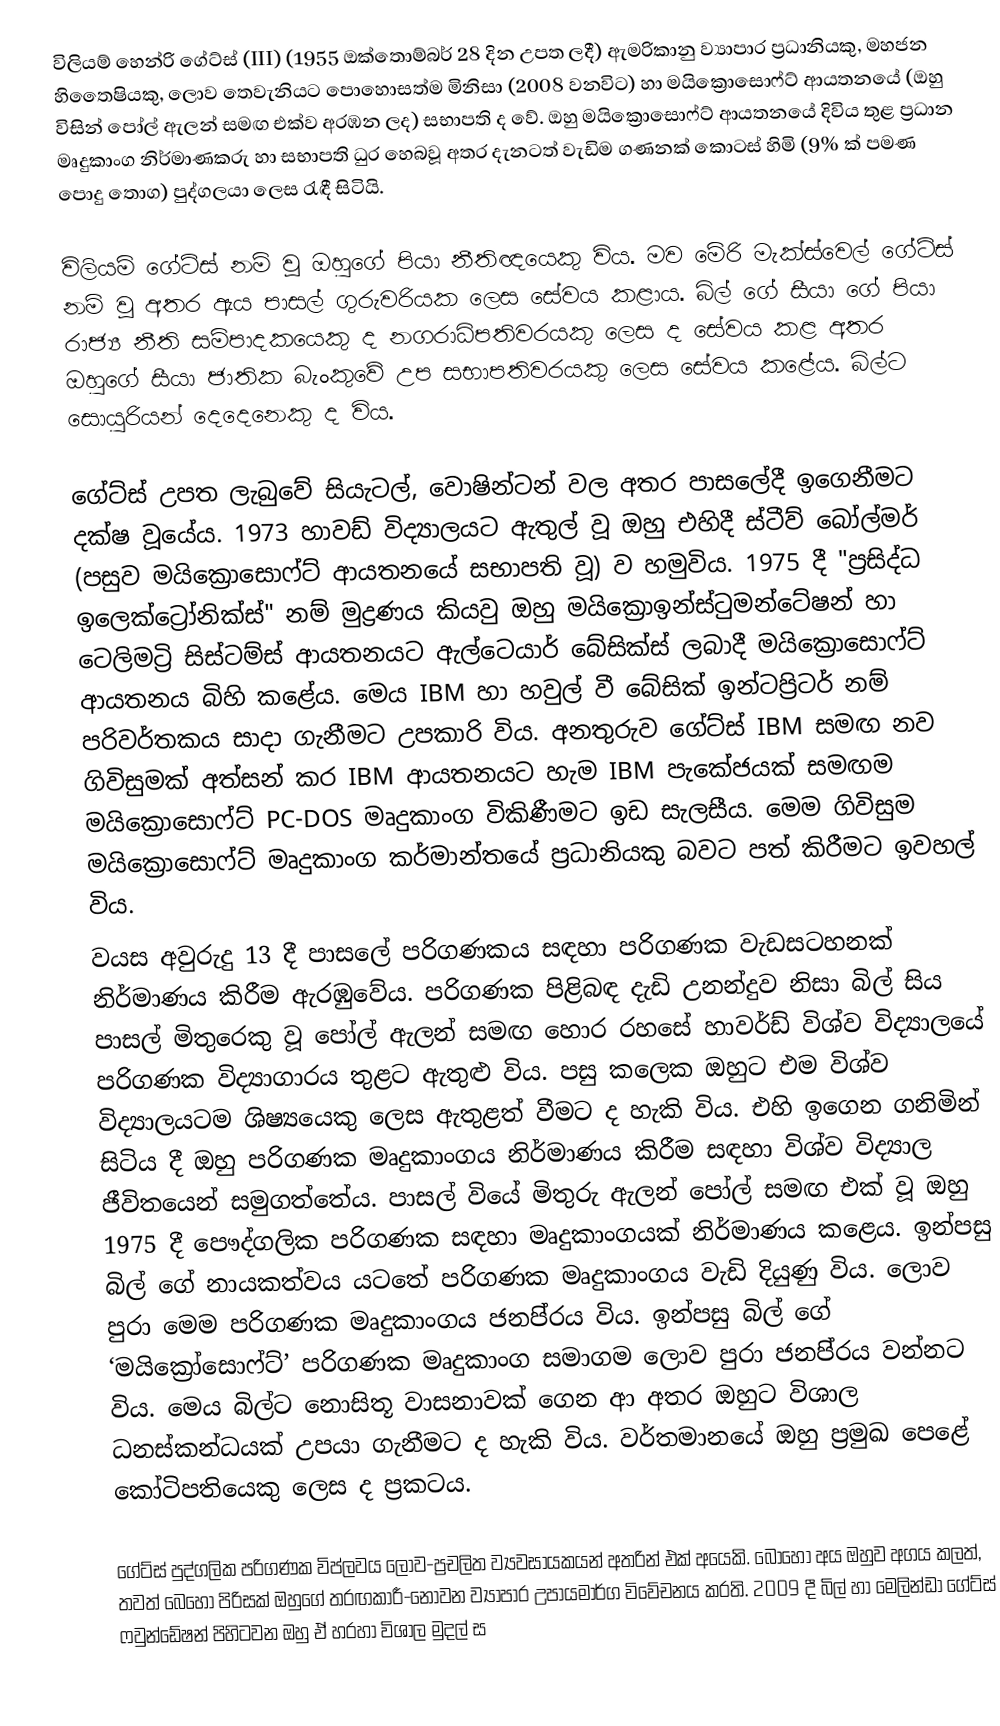
විලියම් හෙන්රි ගේට්ස් (III) (1955 ඔක්තොම්බර් 28 දින උපත ලදී) ඇමරිකානු ව්‍යාපාර ප්‍රධානියකු, මහජන හිතෛෂියකු, ලොව තෙවැනියට පොහොසත්ම මිනිසා (2008 වනවිට) හා මයික්‍රොසොෆ්ට් ආයතනයේ (ඔහු විසින් පෝල් ඇලන් සමඟ එක්ව අරඹන ලද) සභාපති ද වේ. ඔහු මයික්‍රොසොෆ්ට් ආයතනයේ දිවිය තුළ ප්‍රධාන මෘදුකාංග නිර්මාණකරු හා සභාපති ධුර හෙබවූ අතර දැනටත් වැඩිම ගණනක් කොටස් හිමි (9% ක් පමණ පොදු තොග) පුද්ගලයා ලෙස රැඳී සිටියි.

විලියම් ගේට්ස් නම් වූ ඔහුගේ පියා නීතිඥයෙකු විය. මව මේරි මැක්ස්වෙල් ගේට්ස් නම් වූ අතර ඇය පාසල් ගුරුවරියක ලෙස සේවය කළාය. බිල් ගේ සීයා ගේ පියා රාජ්‍ය නීති සම්පාදකයෙකු ද නගරාධිපතිවරයකු ලෙස ද සේවය කළ අතර ඔහුගේ සීයා ජාතික බැංකුවේ උප සභාපතිවරයකු ලෙස සේවය කළේය. බිල්ට සොයුරියන් දෙදෙනෙකු ද විය.

ගේට්ස් උපත ලැබුවේ සියැටල්, වොෂින්ටන් වල අතර පාස‍ලේදී ඉගෙනීමට දක්ෂ වූයේය. 1973 හාවඩ් විද්‍යාලයට ඇතුල් වූ ඔහු එහිදී ස්ටීව් බෝල්මර් (පසුව මයික්‍රොසො‍ෆ්ට් ආයතනයේ සභාපති වූ) ව හමුවිය. 1975 දී "ප්‍රසිද්ධ ඉලෙක්ට්‍රෝනික්ස්" නම් මුද්‍රණය කියවු ඔහු මයික්‍රො‍ඉන්ස්ටුමන්ටේෂන් හා ටෙලිමට්‍රි සිස්ටම්ස් ආයතනයට ඇල්ටෙයාර් බේසික්ස් ලබාදී මයික්‍රොසොෆ්ට් ආයතනය බිහි කළේය. මෙය IBM හා හවුල් වී බේසික් ඉන්ටප්‍රිටර් නම් පරිවර්තකය සාදා ගැනීමට උපකාරි විය. අනතුරුව ගේට්ස් IBM සමඟ නව ගිවිසුමක් අත්සන් කර IBM ආයතනයට හැම IBM පැකේජයක් සමඟම මයික්‍රොසොෆ්ට් PC-DOS මෘදුකාංග විකිණීමට ඉ‍ඩ සැලසීය. මෙම ගිවිසුම මයික්‍රොසොෆ්ට් මෘදුකාංග කර්මාන්තයේ ප්‍රධානියකු බවට  පත් කිරීමට ඉවහල් විය.
වයස අවුරුදු 13 දී පාසලේ පරිගණකය සඳහා පරිගණක වැඩසටහනක් නිර්මාණය කිරීම ඇරඹුවේය. පරිගණක පිළිබඳ දැඩි උනන්දුව නිසා බිල් සිය පාසල් මිතුරෙකු වූ පෝල් ඇලන් සමඟ හොර රහසේ හාවර්ඩ් විශ්ව විද්‍යාලයේ පරිගණක විද්‍යාගාරය තුළට ඇතුළු විය. පසු කලෙක ඔහුට එම විශ්ව විද්‍යාලයටම ශිෂ්‍යයෙකු ලෙස ඇතුළත් වීමට ද හැකි විය. එහි ඉගෙන ගනිමින් සිටිය දී ඔහු පරිගණක මෘදුකාංගය නිර්මාණය කිරීම සඳහා විශ්ව විද්‍යාල ජීවිතයෙන් සමුගත්තේය. පාසල් වියේ මිතුරු ඇලන් පෝල් සමඟ එක් වූ ඔහු 1975 දී පෞද්ගලික පරිගණක සඳහා මෘදුකාංගයක් නිර්මාණය කළෙය. ඉන්පසු බිල් ගේ නායකත්වය යටතේ පරිගණක මෘදුකාංගය වැඩි දියුණු විය. ලොව පුරා මෙම පරිගණක මෘදුකාංගය ජනපි‍්‍රය විය. ඉන්පසු බිල් ගේ ‘මයික්‍රෝසොෆ්ට්’ පරිගණක මෘදුකාංග සමාගම ලොව පුරා ජනපි‍්‍රය වන්නට විය. මෙය බිල්ට නොසිතූ වාසනාවක් ගෙන ආ අතර ඔහුට විශාල ධනස්කන්ධයක් උපයා ගැනීමට ද හැකි විය. වර්තමානයේ ඔහු ප‍්‍රමුඛ පෙළේ කෝටිපතියෙකු ලෙස ද ප‍්‍රකටය.

ගේට්ස් පුද්ගලික පරිගණක විප්ලව‍ය ලොව-ප්‍රචලිත ව්‍යවසායකයන් අතරින් එක් අයෙකි. බොහෝ අය ඔහුව අගය කලත්, තවත් බෙහෝ පිරිසක් ඔහුගේ තරඟකාරී-නොවන ව්‍යාපාර උපායමාර්ග විවේචනය කරති. 2009 දී බිල් හා මෙලින්ඩා ගේට්ස් ෆවුන්ඩේෂන් පිහිටවන ඔහු ඒ හරහා විශාල මුදල් ස